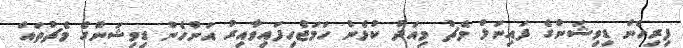
ފިރިހެން ޑިވިޝަންގެ ފައިނަލް މެޗު މިއަދު ކުޅެން ހަމަޖެހިފައިވާއިރު އަންހެން ޑިވިޝަންގެ މެޗުތައް